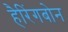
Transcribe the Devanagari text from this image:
हैरिंगबोन